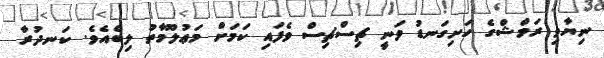
ނިޔާވި ރަމްޝްގެ ހަށިގަނޑު ވަނީ ޗިސްޗިސް ވެފައި ކަމަށް މަޢުލޫމާތު ލިބެއެވެ. ކަނދުރާ